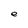
Character: e